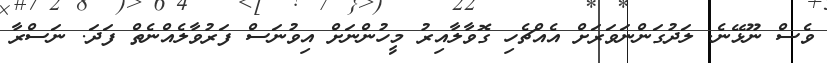
ވެސް ނޫޅޭނެ. ލަދުގަންނަވަރަށް އެއްޗެހި ގޮވާލާއިރު މީހުންނަށް އިވުނަސް ފަރުވާލެއްނެތް ފަދަ. ނަސްރާ